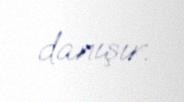
danışır.